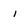
Character: i